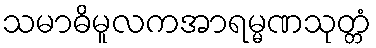
သမာဓိမူလကအာရမ္မဏသုတ္တံ